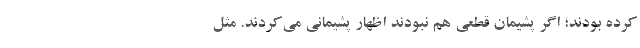
کرده بودند؛ اگر پشیمان قطعی هم نبودند اظهار پشیمانی می‌کردند. مثل